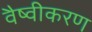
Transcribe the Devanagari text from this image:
वैष्वीकरण